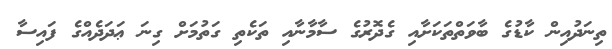
ތިނަދުއިން ކާޑުގެ ބާވަތްތަކަށާއި ގެދޮރުގެ ސާމާނާއި ތަކެތި ގަތުމަށް ގިނަ ޢަދަދެއްގެ ފައިސާ